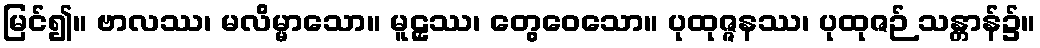
မြင်၍။ ဗာလဿ၊ မလိမ္မာသော။ မူဠှဿ၊ တွေဝေသော။ ပုထုဇ္ဇနဿ၊ ပုထုဇဉ် သန္တာန်၌။